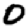
Digit: 0